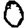
Digit: 0